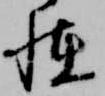
恠